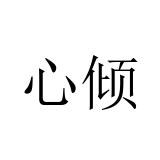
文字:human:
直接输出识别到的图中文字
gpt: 心倾